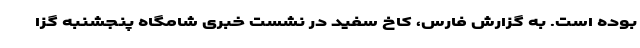
بوده است. به گزارش فارس، کاخ سفید در نشست خبری شامگاه پنجشنبه گزا